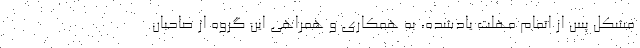
مشکل پس از اتمام مهلت یادشده، به همکاری و همراهی این گروه از صاحبان